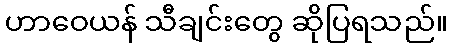
ဟာဝေယန် သီချင်းတွေ ဆိုပြရသည်။